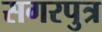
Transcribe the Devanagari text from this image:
सगरपुत्र